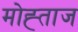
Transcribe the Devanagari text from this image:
मोह्ताज